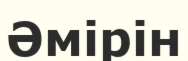
Әмірін